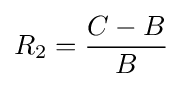
R_{2}={\frac {C-B}{B}}